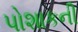
પોશાકની